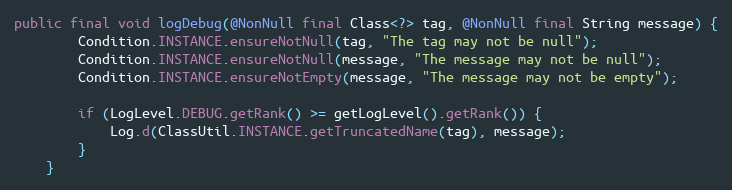
Language: Java
public final void logDebug(@NonNull final Class<?> tag, @NonNull final String message) {
        Condition.INSTANCE.ensureNotNull(tag, "The tag may not be null");
        Condition.INSTANCE.ensureNotNull(message, "The message may not be null");
        Condition.INSTANCE.ensureNotEmpty(message, "The message may not be empty");

        if (LogLevel.DEBUG.getRank() >= getLogLevel().getRank()) {
            Log.d(ClassUtil.INSTANCE.getTruncatedName(tag), message);
        }
    }